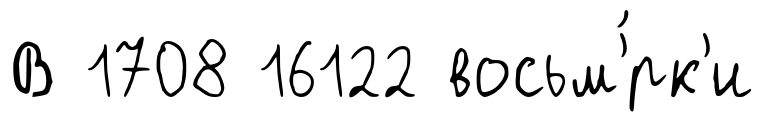
В 1708 16122 восьм'́рк'и